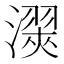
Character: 㵤